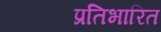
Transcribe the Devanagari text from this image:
प्रतिभारित